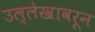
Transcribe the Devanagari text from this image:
उल्लेखावरून